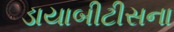
ડાયાબીટીસના